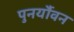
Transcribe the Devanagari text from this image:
पुनर्यौवन